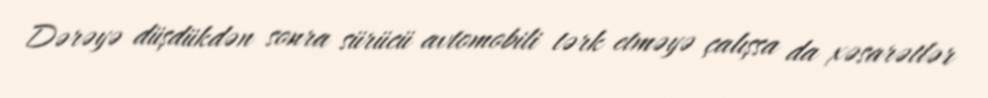
Dərəyə düşdükdən sonra sürücü avtomobili tərk etməyə çalışsa da xəsarətlər